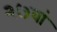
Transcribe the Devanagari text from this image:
२७वां